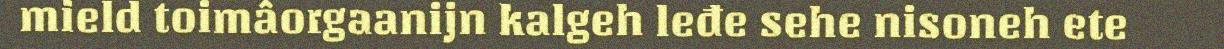
mield toimâorgaanijn kalgeh leđe sehe nisoneh ete